65_HS1-834228961_62-HQ-83894_Section_6
Agency: FBI
Page 108
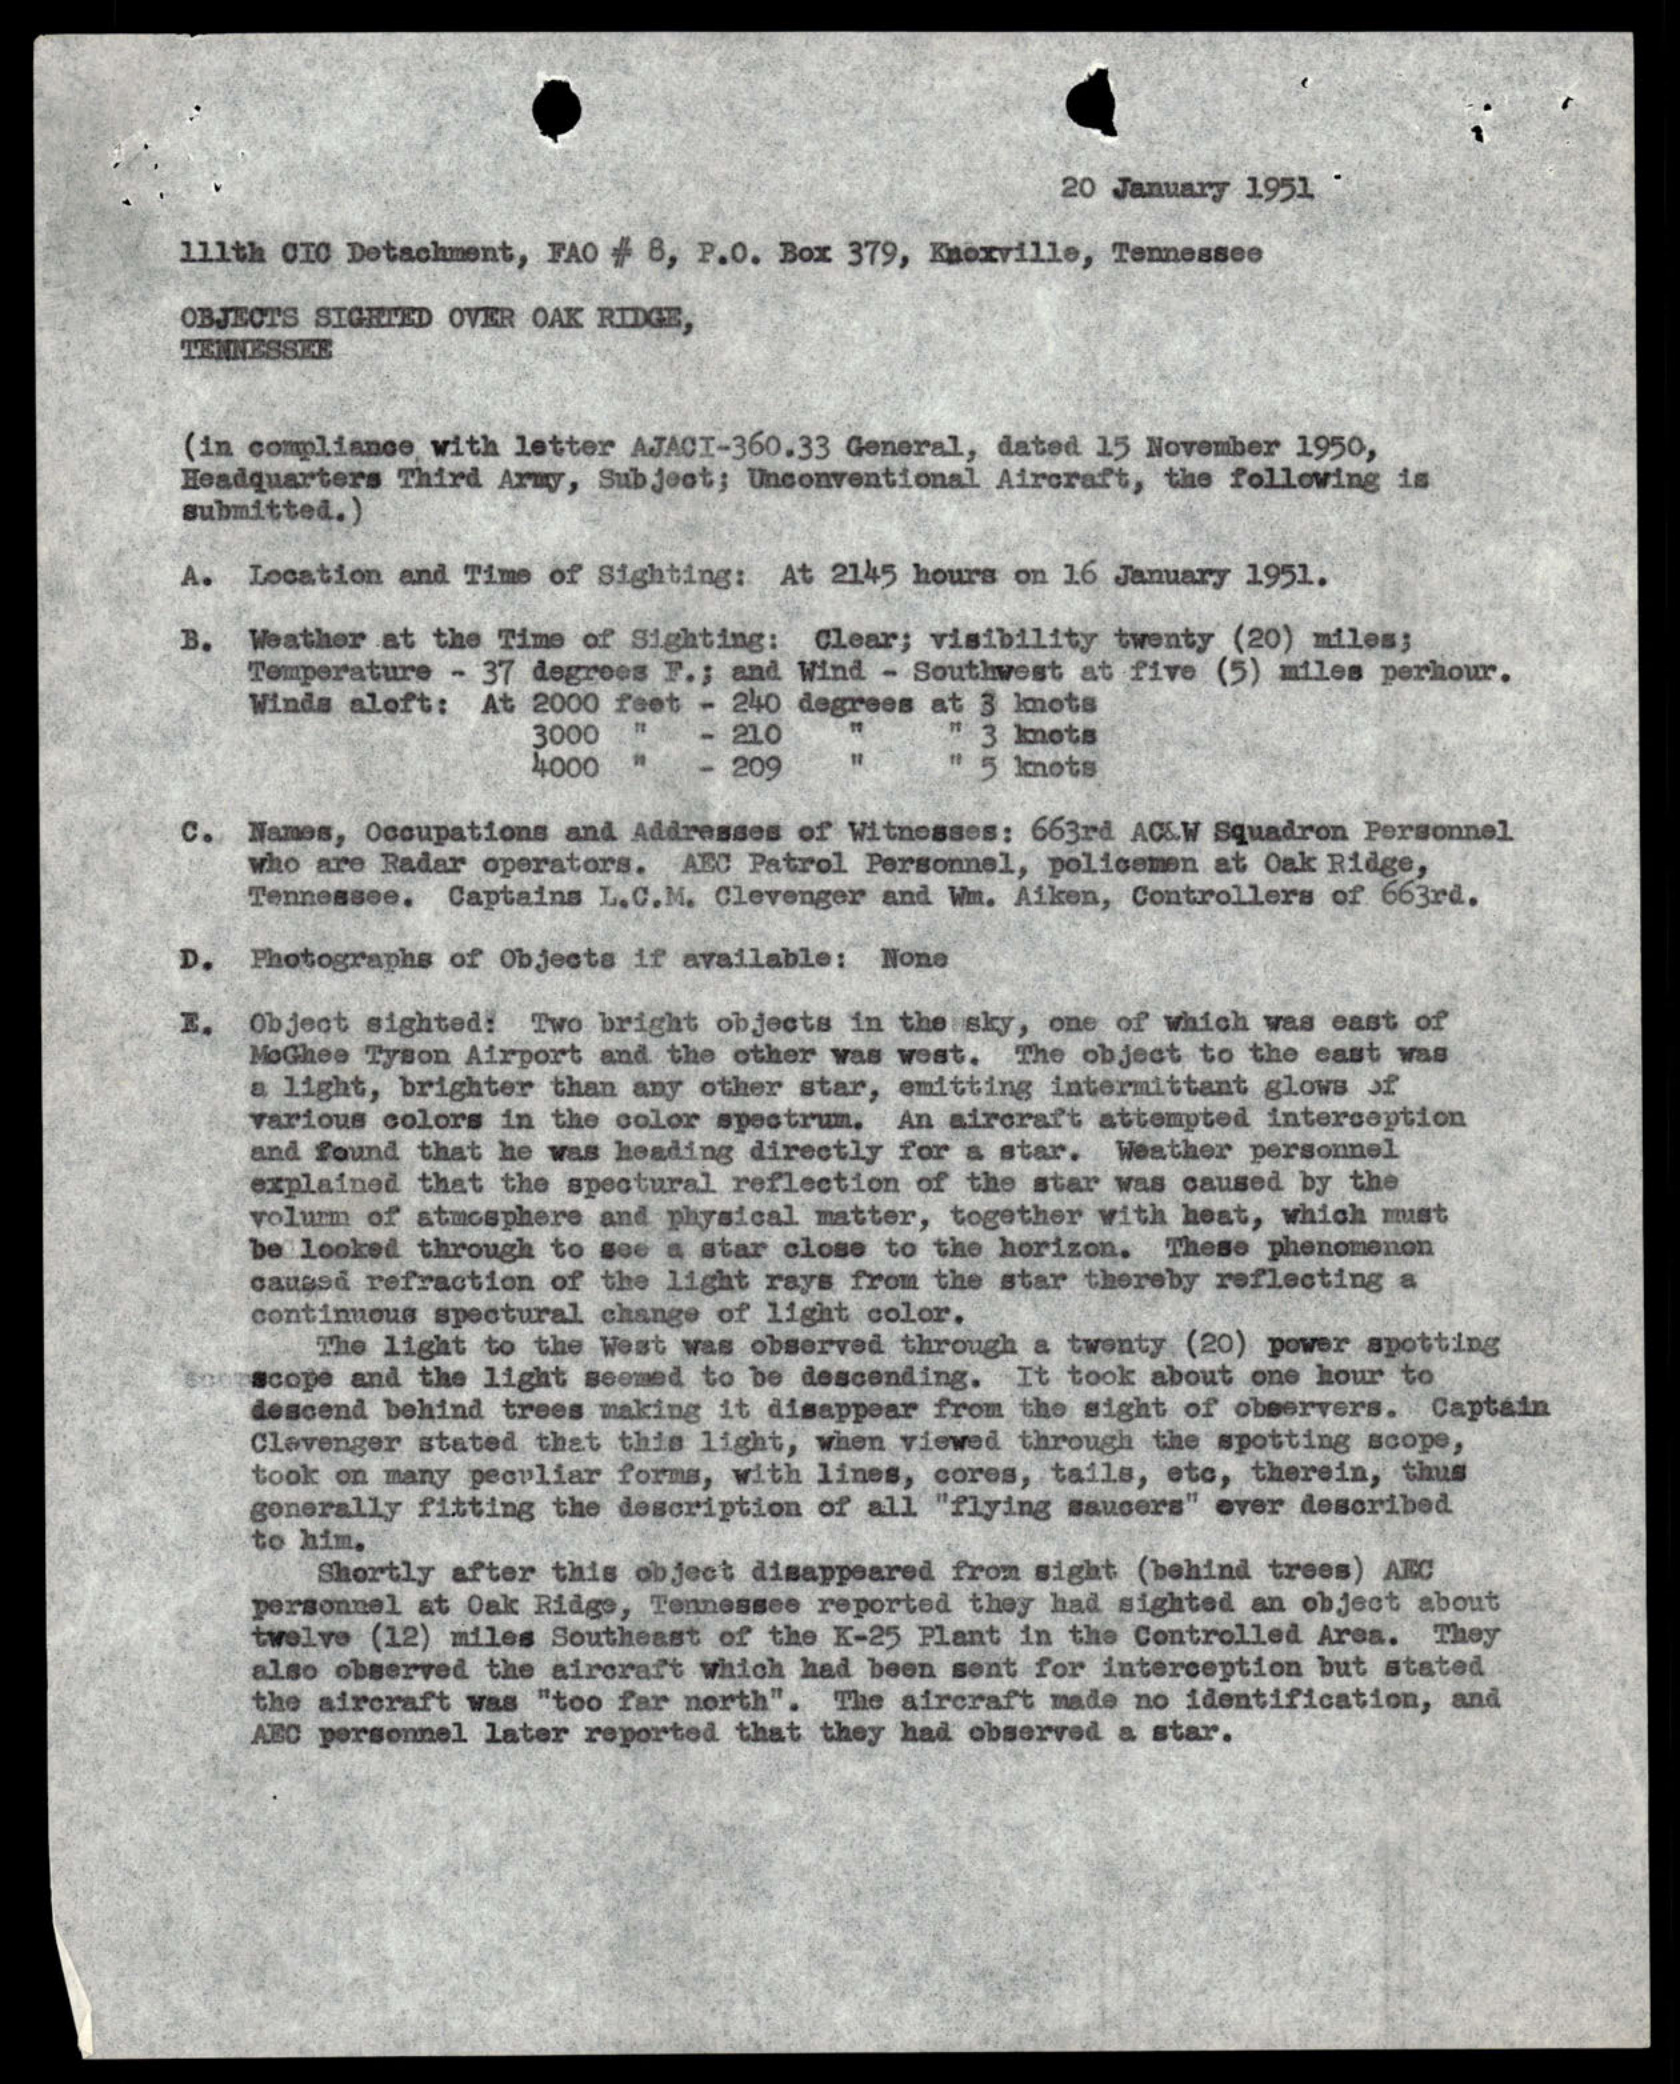